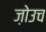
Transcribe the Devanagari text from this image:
ज़ोउच